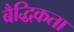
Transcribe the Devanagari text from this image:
बैद्धिकता